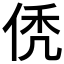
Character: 𬾒